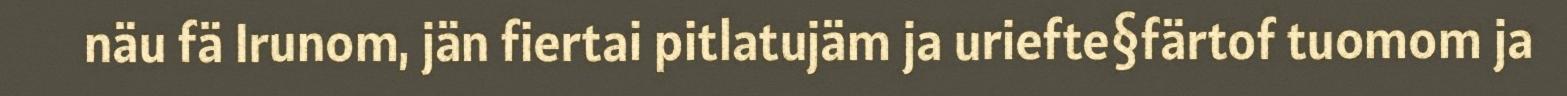
näu fä Irunom, jän fiertai pitlatujäm ja uriefte§färtof tuomom ja